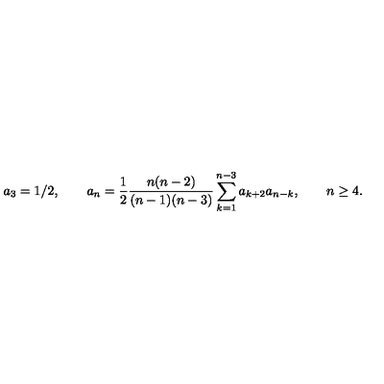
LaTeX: a _ { 3 } = 1 / 2 , \qquad a _ { n } = { \frac { 1 } { 2 } } { \frac { n ( n - 2 ) } { ( n - 1 ) ( n - 3 ) } } \sum _ { k = 1 } ^ { n - 3 } a _ { k + 2 } a _ { n - k } , \qquad n \ge 4 .